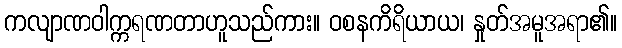
ကလျာဏဝါက္ကရဏတာဟူသည်ကား။ ဝစနကိရိယာယ၊ နှုတ်အမူအရာ၏။